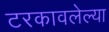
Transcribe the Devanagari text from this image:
टरकावलेल्या